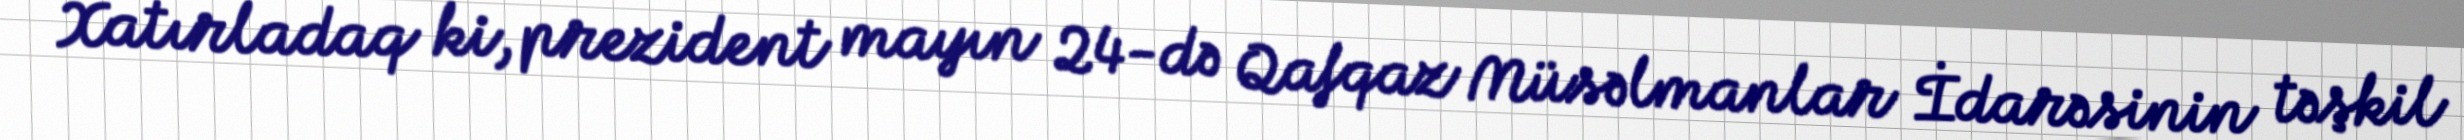
Xatırladaq ki, prezident mayın 24-də Qafqaz Müsəlmanlar İdarəsinin təşkil